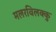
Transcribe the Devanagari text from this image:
मलरविलक्कु